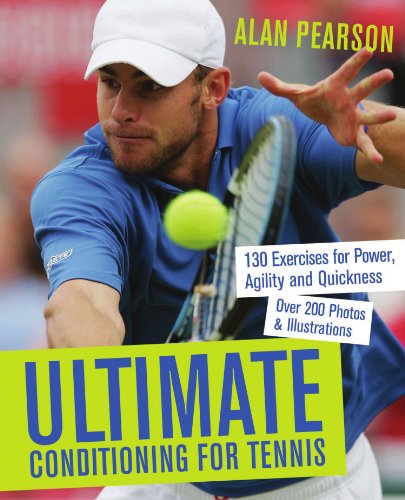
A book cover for Ultimate Conditioning for Tennis: 130 Exercises for Power, Agility and Quickness; Alan Pearson; Sports & Outdoors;